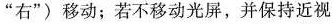
”右”)移动；若不移动光屏，并保持近视